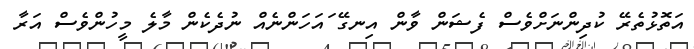
އަތޮޅުތެރޭ ކުދިންނަށްވެސް ފެޝަން ވާން އިނގޭ ައަހަންނެއް ނުދެކެން މާލެ މީހުންވެސް އަރާ